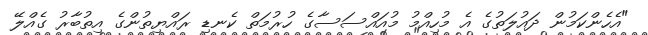
"އެހެންކަމުން ދައުލަތުގެ އެ މުހިއްމު މުއައްސަސާގެ ހުރުމަތް ކެނޑި ރައްޔިތުންގެ އިތުބާރު ގެއްލޭ